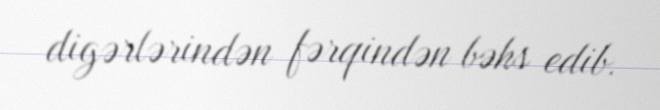
digərlərindən fərqindən bəhs edib.